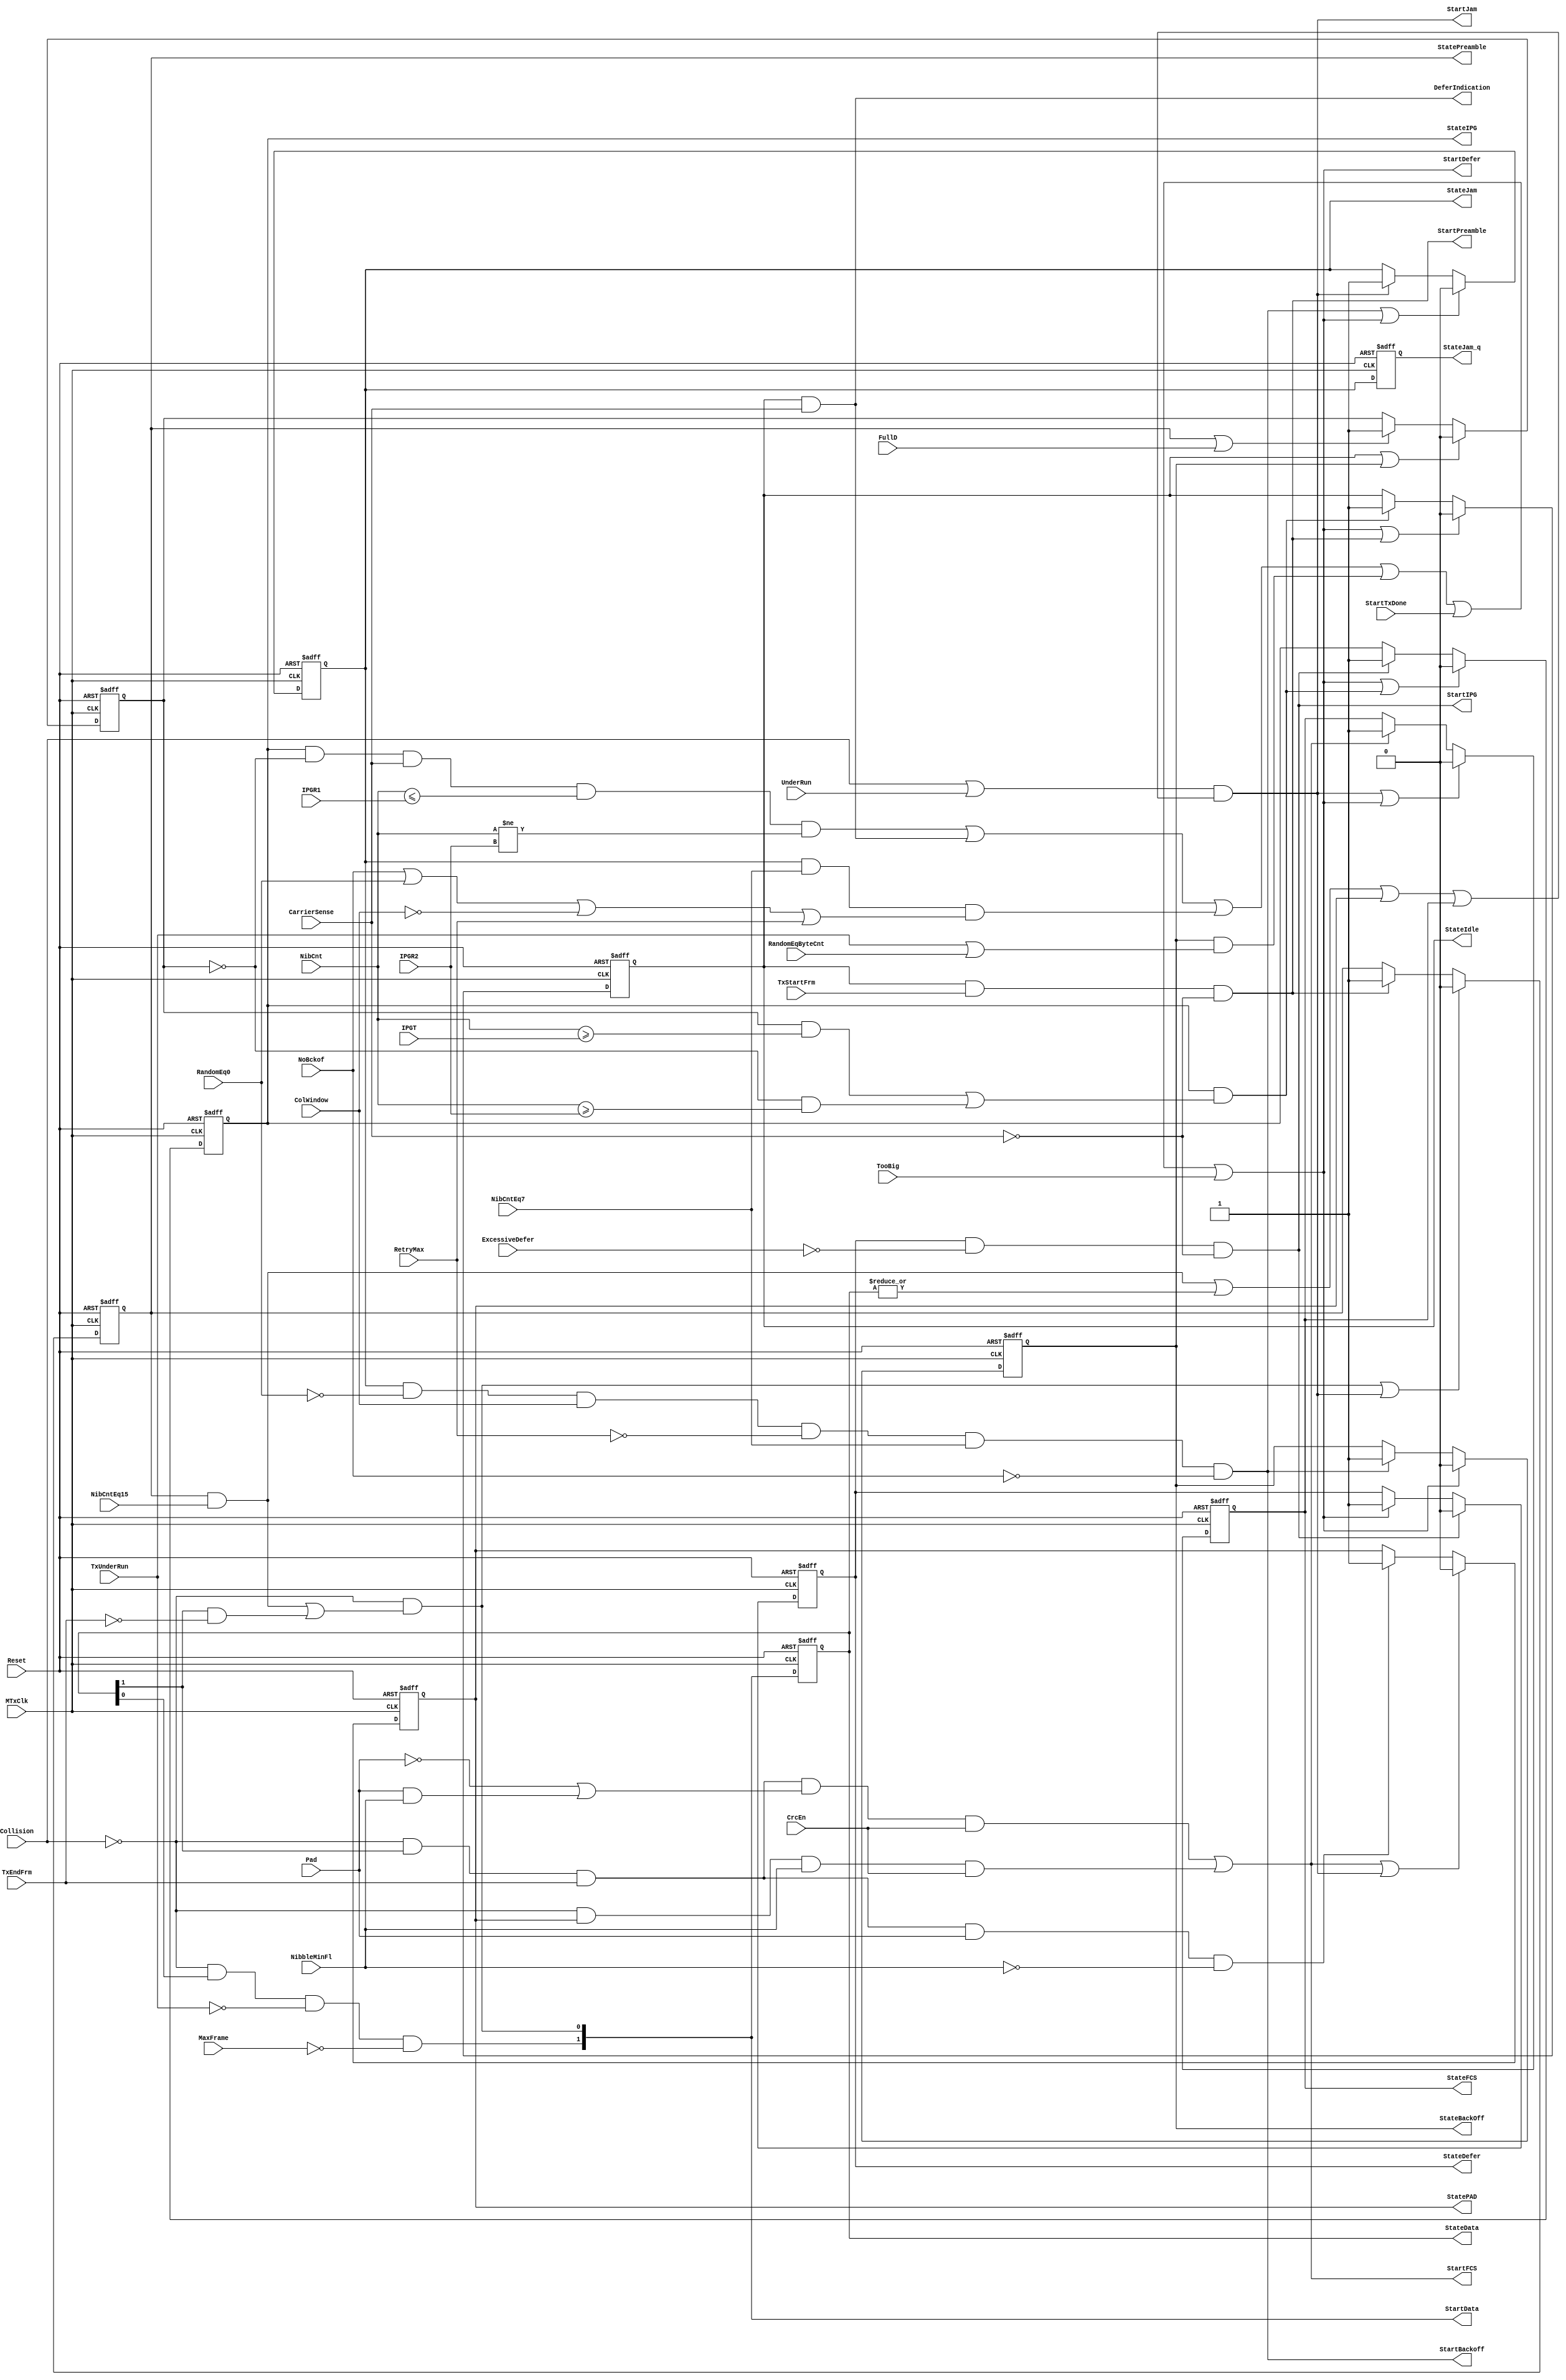
module eth_txstatem_1  (MTxClk, Reset, ExcessiveDefer, CarrierSense, NibCnt, IPGT, IPGR1, 
                      IPGR2, FullD, TxStartFrm, TxEndFrm, TxUnderRun, Collision, UnderRun, 
                      StartTxDone, TooBig, NibCntEq7, NibCntEq15, MaxFrame, Pad, CrcEn, 
                      NibbleMinFl, RandomEq0, ColWindow, RetryMax, NoBckof, RandomEqByteCnt,
                      StateIdle, StateIPG, StatePreamble, StateData, StatePAD, StateFCS, 
                      StateJam, StateJam_q, StateBackOff, StateDefer, StartFCS, StartJam, 
                      StartBackoff, StartDefer, DeferIndication, StartPreamble, StartData, StartIPG
                     );
parameter Tp = 1;
input MTxClk;
input Reset;
input ExcessiveDefer;
input CarrierSense;
input [6:0] NibCnt;
input [6:0] IPGT;
input [6:0] IPGR1;
input [6:0] IPGR2;
input FullD;
input TxStartFrm;
input TxEndFrm;
input TxUnderRun;
input Collision;
input UnderRun;
input StartTxDone; 
input TooBig;
input NibCntEq7;
input NibCntEq15;
input MaxFrame;
input Pad;
input CrcEn;
input NibbleMinFl;
input RandomEq0;
input ColWindow;
input RetryMax;
input NoBckof;
input RandomEqByteCnt;
output StateIdle;         
output StateIPG;          
output StatePreamble;     
output [1:0] StateData;   
output StatePAD;          
output StateFCS;          
output StateJam;          
output StateJam_q;        
output StateBackOff;      
output StateDefer;        
output StartFCS;          
output StartJam;          
output StartBackoff;      
output StartDefer;        
output DeferIndication;
output StartPreamble;     
output [1:0] StartData;   
output StartIPG;          
wire StartIdle;           
wire StartPAD;            
reg StateIdle;
reg StateIPG;
reg StatePreamble;
reg [1:0] StateData;
reg StatePAD;
reg StateFCS;
reg StateJam;
reg StateJam_q;
reg StateBackOff;
reg StateDefer;
reg Rule1;
assign StartIPG = StateDefer & ~ExcessiveDefer & ~CarrierSense;
assign StartIdle = StateIPG & (Rule1 & NibCnt[6:0] >= IPGT | ~Rule1 & NibCnt[6:0] >= IPGR2);
assign StartPreamble = StateIdle & TxStartFrm & ~CarrierSense;
assign StartData[0] = ~Collision & (StatePreamble & NibCntEq15 | StateData[1] & ~TxEndFrm);
assign StartData[1] = ~Collision & StateData[0] & ~TxUnderRun & ~MaxFrame;
assign StartPAD = ~Collision & StateData[1] & TxEndFrm & Pad & ~NibbleMinFl;
assign StartFCS = ~Collision & StateData[1] & TxEndFrm & (~Pad | Pad & NibbleMinFl) & CrcEn
                | ~Collision & StatePAD & NibbleMinFl & CrcEn;
assign StartJam = (Collision | UnderRun) & ((StatePreamble & NibCntEq15) | (|StateData[1:0]) | StatePAD | StateFCS);
assign StartBackoff = StateJam & ~RandomEq0 & ColWindow & ~RetryMax & NibCntEq7 & ~NoBckof;
assign StartDefer = StateIPG & ~Rule1 & CarrierSense & NibCnt[6:0] <= IPGR1 & NibCnt[6:0] != IPGR2
                  | StateIdle & CarrierSense 
                  | StateJam & NibCntEq7 & (NoBckof | RandomEq0 | ~ColWindow | RetryMax)
                  | StateBackOff & (TxUnderRun | RandomEqByteCnt)
                  | StartTxDone | TooBig;
assign DeferIndication = StateIdle & CarrierSense;
always @ (posedge MTxClk or posedge Reset)
begin
  if(Reset)
    begin
      StateIPG        <=  1'b0;
      StateIdle       <=  1'b0;
      StatePreamble   <=  1'b0;
      StateData[1:0]  <=  2'b0;
      StatePAD        <=  1'b0;
      StateFCS        <=  1'b0;
      StateJam        <=  1'b0;
      StateJam_q      <=  1'b0;
      StateBackOff    <=  1'b0;
      StateDefer      <=  1'b1;
    end
  else
    begin
      StateData[1:0] <=  StartData[1:0];
      StateJam_q <=  StateJam;
      if(StartDefer | StartIdle)
        StateIPG <=  1'b0;
      else
      if(StartIPG)
        StateIPG <=  1'b1;
      if(StartDefer | StartPreamble)
        StateIdle <=  1'b0;
      else
      if(StartIdle)
        StateIdle <=  1'b1;
      if(StartData[0] | StartJam)
        StatePreamble <=  1'b0;
      else
      if(StartPreamble)
        StatePreamble <=  1'b1;
      if(StartFCS | StartJam)
        StatePAD <=  1'b0;
      else
      if(StartPAD)
        StatePAD <=  1'b1;
      if(StartJam | StartDefer)
        StateFCS <=  1'b0;
      else
      if(StartFCS)
        StateFCS <=  1'b1;
      if(StartBackoff | StartDefer)
        StateJam <=  1'b0;
      else
      if(StartJam)
        StateJam <=  1'b1;
      if(StartDefer)
        StateBackOff <=  1'b0;
      else
      if(StartBackoff)
        StateBackOff <=  1'b1;
      if(StartIPG)
        StateDefer <=  1'b0;
      else
      if(StartDefer)
        StateDefer <=  1'b1;
    end
end
always @ (posedge MTxClk or posedge Reset)
begin
  if(Reset)
    Rule1 <=  1'b0;
  else
    begin
      if(StateIdle | StateBackOff)
        Rule1 <=  1'b0;
      else
      if(StatePreamble | FullD)
        Rule1 <=  1'b1;
    end
end
endmodule